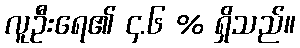
လူဦးရေ၏ ၄.၆ % ရှိသည်။